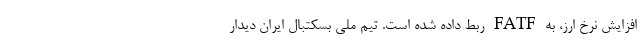
افزایش نرخ ارز، به FATF ربط داده شده است. تیم ‌ملی بسکتبال ایران دیدار